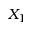
X _ { 1 }